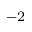
^ { - 2 }